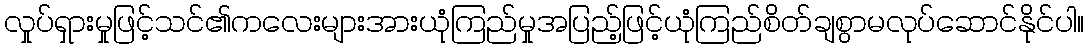
လှုပ်ရှားမှုဖြင့်သင်၏ကလေးများအားယုံကြည်မှုအပြည့်ဖြင့်ယုံကြည်စိတ်ချစွာမလုပ်ဆောင်နိုင်ပါ။